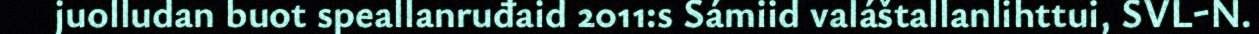
juolludan buot speallanruđaid 2011:s Sámiid valáštallanlihttui, SVL-N.